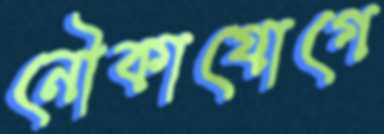
নৌকাযোগে